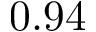
0 . 9 4